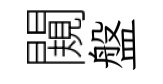
闚盤